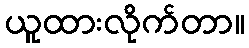
ယူထားလိုက်တာ။